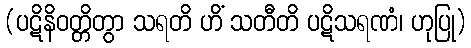
(ပဋိနိဝတ္တိတွာ သရတိ ဟိံ သတီတိ ပဋိသရဏံ၊ ဟုပြု)